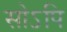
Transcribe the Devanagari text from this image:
सोऽपि